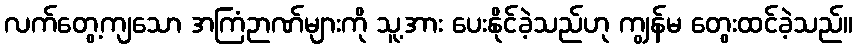
လက်တွေ့ကျသော အကြံဉာဏ်များကို သူ့အား ပေးနိုင်ခဲ့သည်ဟု ကျွန်မ တွေးထင်ခဲ့သည်။